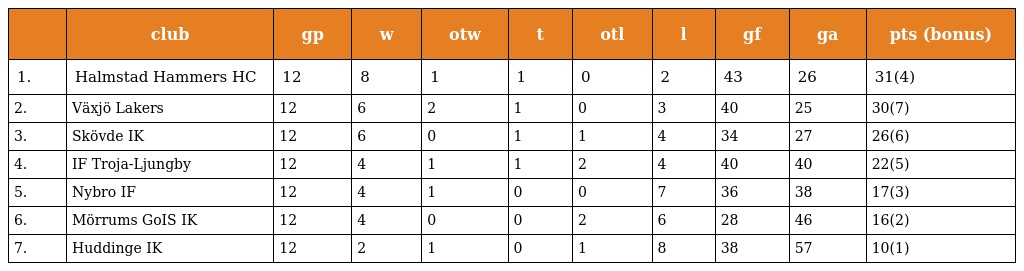
|  | club | gp | w | otw | t | otl | l | gf | ga | pts (bonus) |
 | --- | --- | --- | --- | --- | --- | --- | --- | --- | --- | --- |
 | 1. | Halmstad Hammers HC | 12 | 8 | 1 | 1 | 0 | 2 | 43 | 26 | 31(4) |
 | 2. | Växjö Lakers | 12 | 6 | 2 | 1 | 0 | 3 | 40 | 25 | 30(7) |
 | 3. | Skövde IK | 12 | 6 | 0 | 1 | 1 | 4 | 34 | 27 | 26(6) |
 | 4. | IF Troja-Ljungby | 12 | 4 | 1 | 1 | 2 | 4 | 40 | 40 | 22(5) |
 | 5. | Nybro IF | 12 | 4 | 1 | 0 | 0 | 7 | 36 | 38 | 17(3) |
 | 6. | Mörrums GoIS IK | 12 | 4 | 0 | 0 | 2 | 6 | 28 | 46 | 16(2) |
 | 7. | Huddinge IK | 12 | 2 | 1 | 0 | 1 | 8 | 38 | 57 | 10(1) |